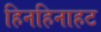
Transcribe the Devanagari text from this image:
हिनहिनाहट